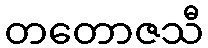
တတောဇသီ